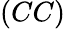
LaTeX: (CC)